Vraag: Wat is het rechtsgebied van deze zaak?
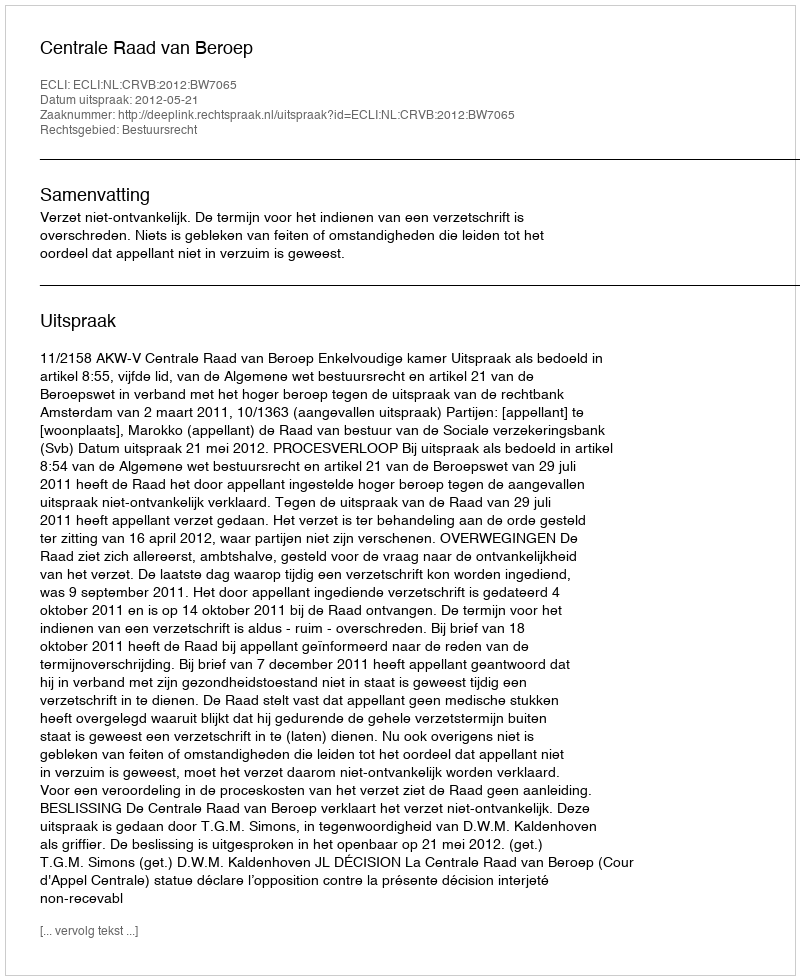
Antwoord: Bestuursrecht